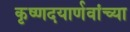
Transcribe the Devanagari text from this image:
कृष्णदयार्णवांच्या